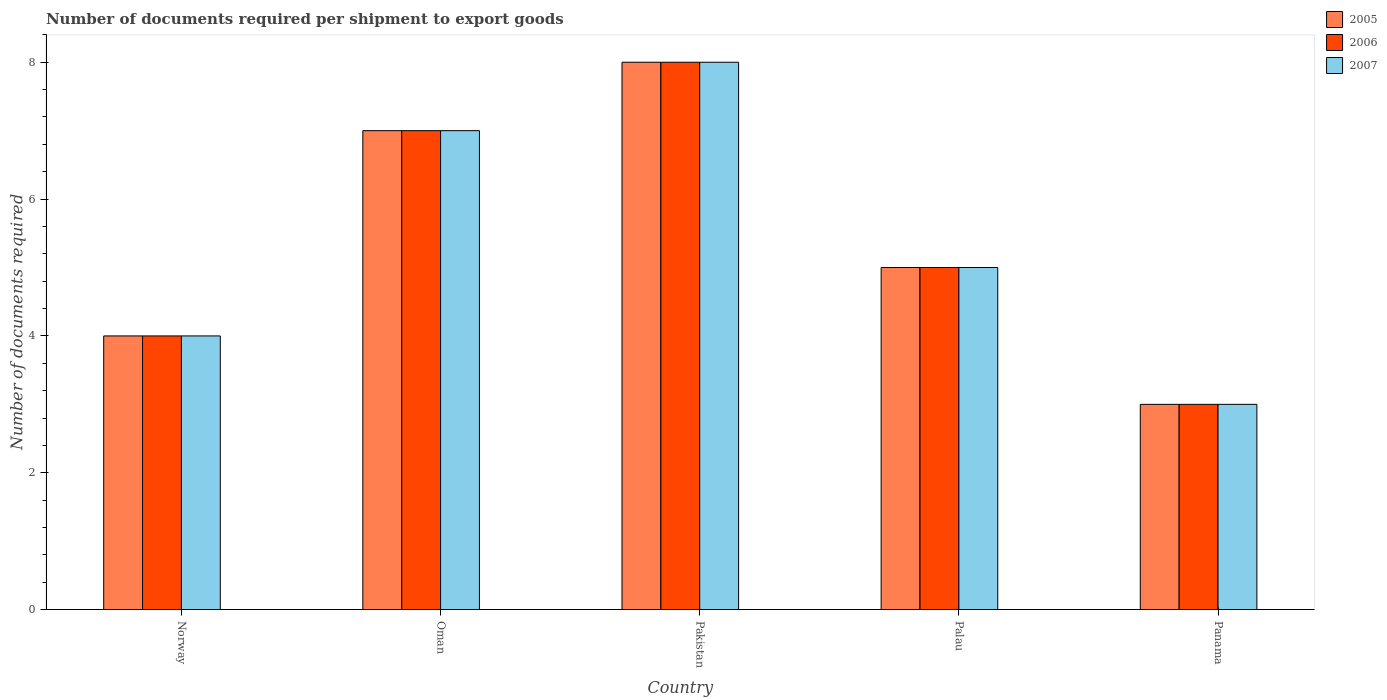
| Country | 2005 | 2006 | 2007 |
 | --- | --- | --- | --- |
 | Norway | 4 | 4 | 4 |
 | Oman | 7 | 7 | 7 |
 | Pakistan | 8 | 8 | 8 |
 | Palau | 5 | 5 | 5 |
 | Panama | 3 | 3 | 3 |